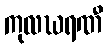
ကုလဃရဏီ